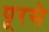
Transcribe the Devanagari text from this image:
पूरसे